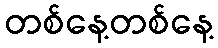
တစ်နေ့တစ်နေ့